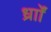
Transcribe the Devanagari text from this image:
र्ध्रााेंं